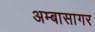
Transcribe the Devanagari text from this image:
अम्बासागर